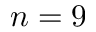
n = 9